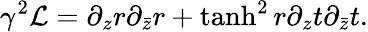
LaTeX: \gamma^{2}{\cal L}=\partial_{z}r\partial_{\bar{z}}r+\operatorname{tanh}^{2}r\partial_{z}t\partial_{\bar{z}}t.